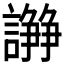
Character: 𧬦